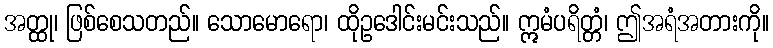
အတ္ထု၊ ဖြစ်စေသတည်။ သောမောရော၊ ထိုဥဒေါင်းမင်းသည်။ ဣမံပရိတ္တံ၊ ဤအရံအတားကို။